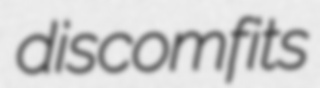
discomfits